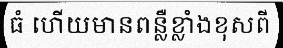
ធំ ហើយមានពន្លឺខ្លាំងខុសពី